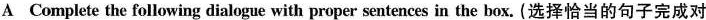
Complete the following dialogue with proper sentences in the box. (选择恰当的句子完成对